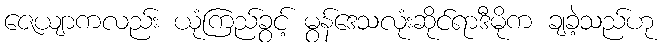
ဇေယျာကလည်း ယုံကြည်ခွင့် မွန်ဒေသလုံးဆိုင်ရာဒီမိုက ချခဲ့သည်ဟု